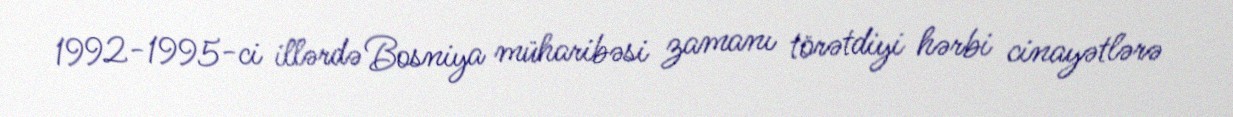
1992-1995-ci illərdə Bosniya müharibəsi zamanı törətdiyi hərbi cinayətlərə